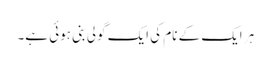
ہر ایک کے نام کی ایک گولی بنی ہوئی ہے۔